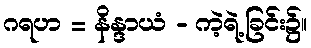
ဂရဟ = နိန္ဒာယံ - ကဲ့ရဲ့ခြင်း၌။